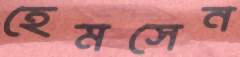
হেমসেন